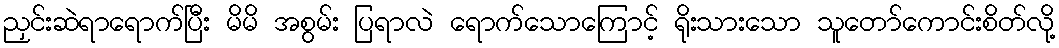
ညှင်းဆဲရာရောက်ပြီး မိမိ အစွမ်း ပြရာလဲ ရောက်သောကြောင့် ရိုးသားသော သူတော်ကောင်းစိတ်လို့